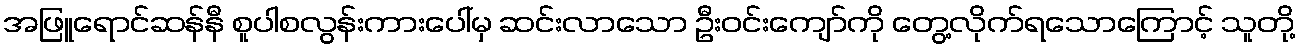
အဖြူရောင်ဆန်နီ စူပါစလွန်းကားပေါ်မှ ဆင်းလာသော ဦးဝင်းကျော်ကို တွေ့လိုက်ရသောကြောင့် သူတို့